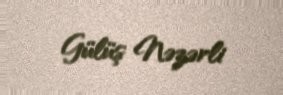
Gülüş Nəzərli